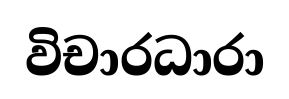
විචාරධාරා